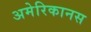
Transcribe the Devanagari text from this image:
अमेरिकानस